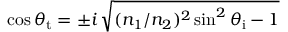
\cos \theta _ { \mathrm { t } } = \pm i \, { \sqrt { ( n _ { 1 } / n _ { 2 } ) ^ { 2 } \sin ^ { 2 } \theta _ { \mathrm { i } } - 1 } }